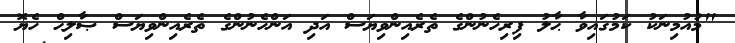
"މުއުމިނަކު ކަމުގައިވާ ޙާލު ފިރިހެނުންގެ ތެރެއިންވިޔަސް އަދި އަންހެނުންގެ ތެރެއިންވިޔަސް ޞާލިޙް ހެޔޮ